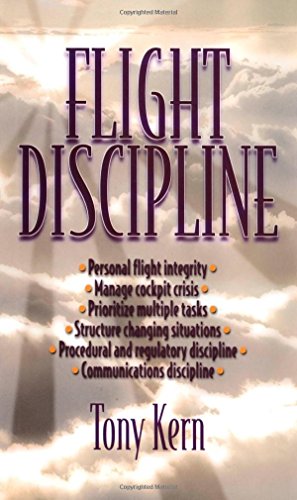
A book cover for Flight Discipline; Tony Kern; Sports & Outdoors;